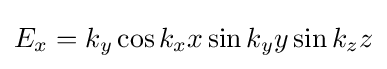
E_{x}=k_{y}\cos k_{x}x\sin k_{y}y\sin k_{z}z